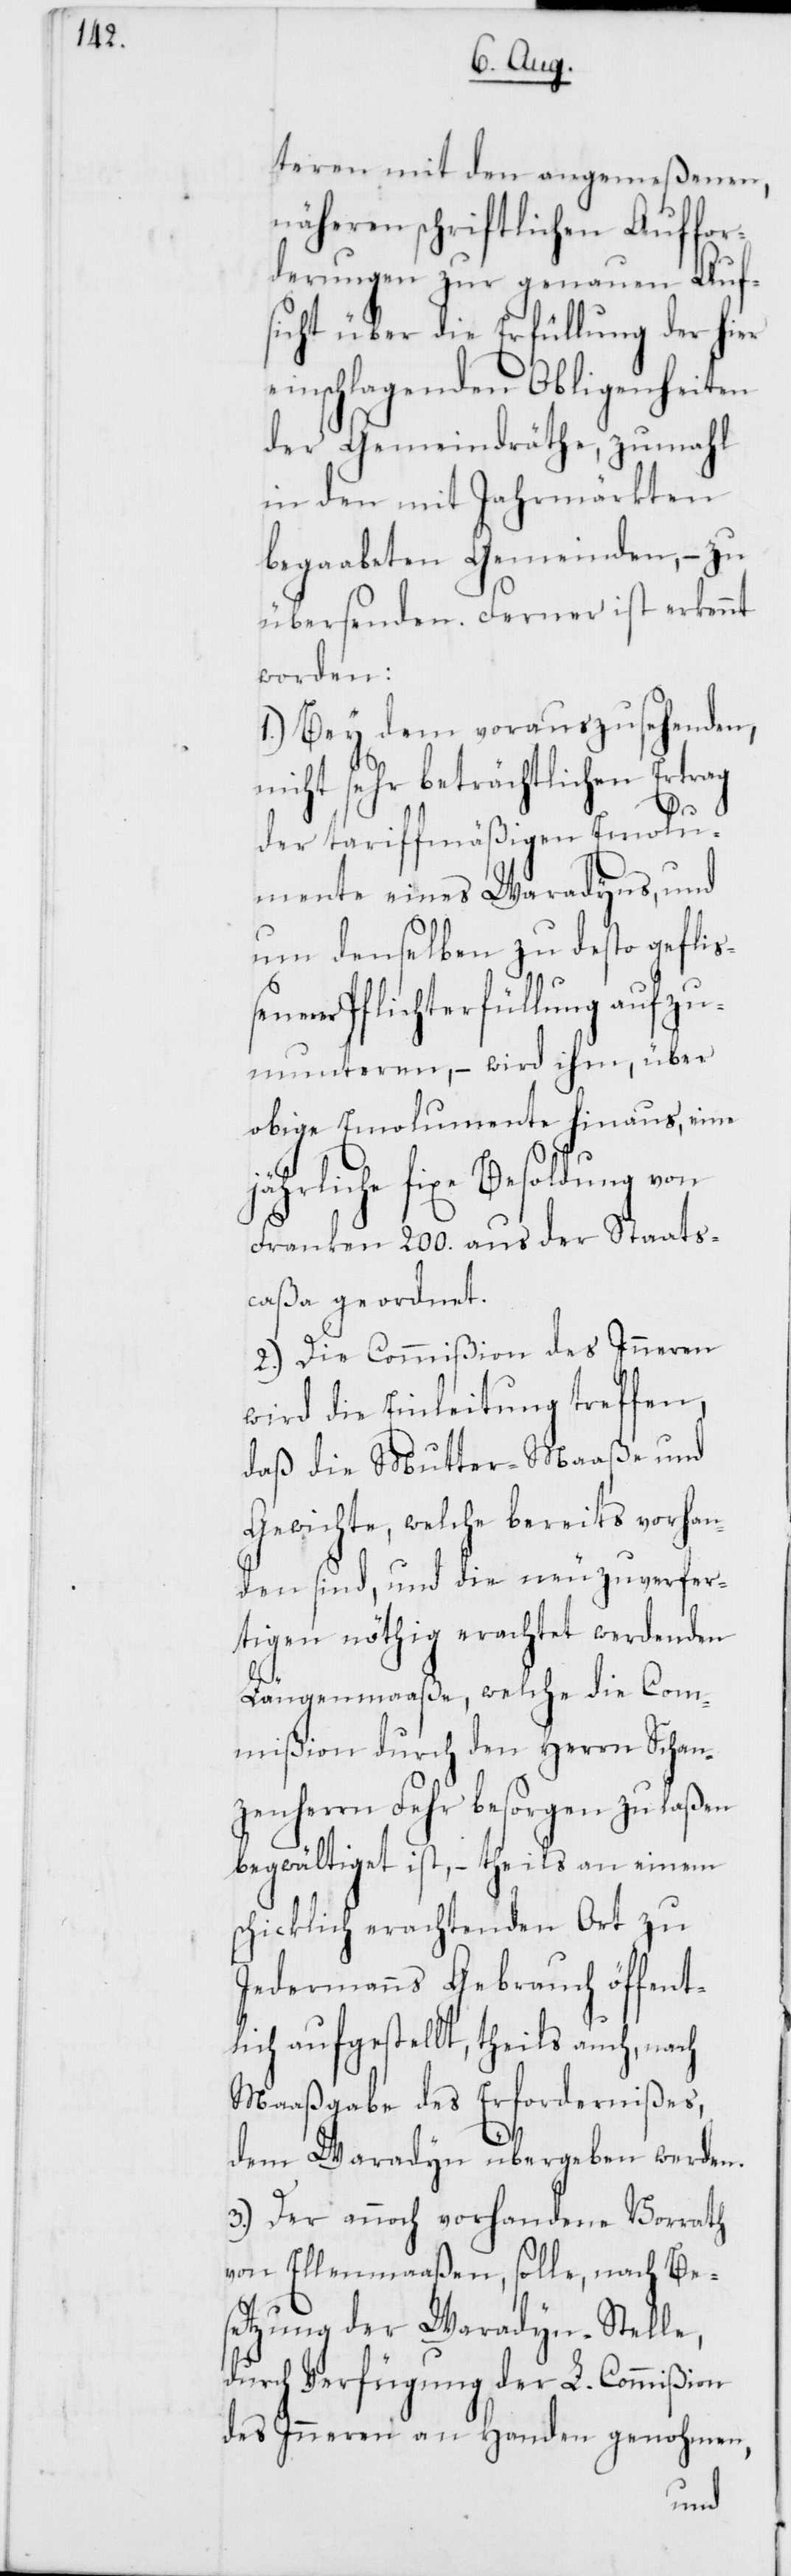
teren mit den angemeßenen,
näheren schriftlichen Auffor¬
derungen zur genauen Aufs¬
icht über die Erfüllung der hier
einschlagenden Obligenheiten
der Gemeindräthe, zumahl
in den mit Jahrmärkten
begaabeten Gemeinden, – zu
übersenden. Ferner ist erkennt
worden:
1.) Bey dem vorauszusehenden,
nicht sehr beträchtlichen Ertrag
der tariffmäßigen Emolu¬
mente eines Waradyns, und
um denselben zu desto gefli¬
ßener Pflichterfüllung aufzu¬
munteren, – wird ihm, über
obige Emolumente hinaus, eine
jährliche fixe Besoldung von
Franken 200. aus der Staats¬
caßa geordnet.
2.) Die Commißion des Inneren
wird die Einleitung treffen,
daß die Mutter-Maaße und
Gewichte, welche bereits vorhan¬
den sind, und die neu zu verfer¬
tigen nöthig erachtet werdenden
Längenmaaße, welche die Com¬
mißion durch den Herrn Schan¬
zenherrn Fehr besorgen zu laßen
begwältiget ist, – theils an einem
schicklich erachtenden Ort zu
Jedermanns Gebrauch öffent¬
lich aufgestellt, theils auch, nach
Maaßgabe des Erfordernißes,
dem Waradyn übergeben werden.
3.) Der annoch vorhandene Vorrath
von Ellenmaaßen, solle, nach Bes¬
etzung der Waradyn-Stelle,
durch Verfügung der L. Commißion
des Inneren an Handen genohmen,